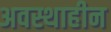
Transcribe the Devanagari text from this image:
अवस्थाहीन